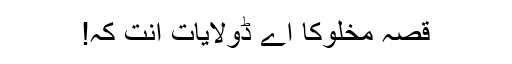
قصہ مخلوکا اے ڈولایات انت کہ!